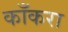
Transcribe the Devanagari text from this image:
काँकरा